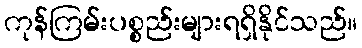
ကုန်ကြမ်းပစ္စည်းများရရှိနိုင်သည်။